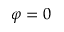
\varphi = 0